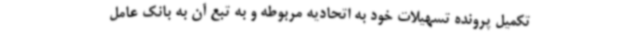
تکمیل پرونده تسهیلات خود به اتحادیه مربوطه و به تبع آن به بانک عامل